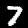
Digit: 7